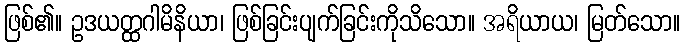
ဖြစ်၏။ ဥဒယတ္ထဂါမိနိယာ၊ ဖြစ်ခြင်းပျက်ခြင်းကိုသိသော။ အရိယာယ၊ မြတ်သော။